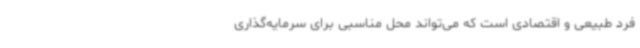
فرد طبیعی و اقتصادی است که می‌تواند محل مناسبی برای سرمایه‌گذاری